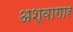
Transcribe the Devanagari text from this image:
अश्वागार